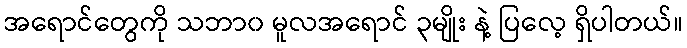
အရောင်တွေကို သဘာ၀ မူလအရောင် ၃မျိုး နဲ့ ပြလေ့ ရှိပါတယ်။